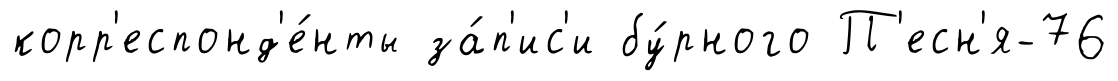
корр'еспонд'е́нты за́п'ис'и бу́рного П'есн'я-76